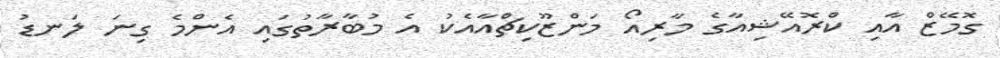
ގޮމޭޒް އާއި ކްރޮއޭޝިއާގެ މާރިއޯ މަންޒޫކިޗްއާއެކު އެ މުބާރާތުގައި އެންމެ ގިނަ ލަނޑު